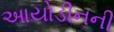
આયોડીનની